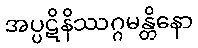
အပ္ပဋိနိဿဂ္ဂမန္တိနော